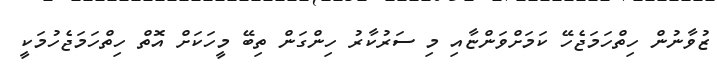
ޒުވާނުން ހިތްހަމަޖެހޭ ކަމަށްވަންޏާއި މި ސަރުކާރު ހިންގަން ތިބޭ މީހަކަށް އޮތް ހިތްހަމަޖެހުމަކީ